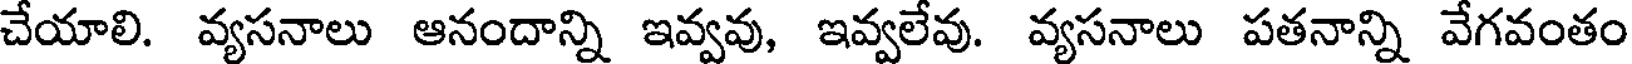
చేయాలి. వ్యసనాలు ఆనందాన్ని ఇవ్వవు, ఇవ్వలేవు. వ్యసనాలు పతనాన్ని వేగవంతం